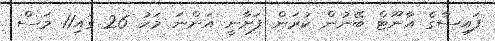
ފައިސާގެ އާނޫޓް ބޭނުން ކުރަން ފަށާނީ އަންނަ މަހު 26 ގައި11 މަސް